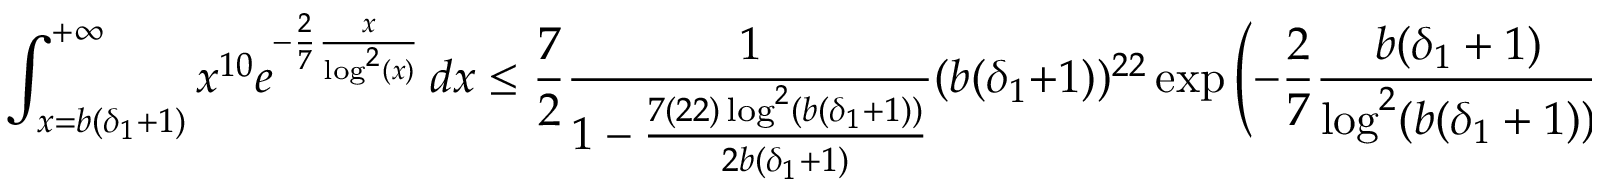
\int _ { x = b ( \delta _ { 1 } + 1 ) } ^ { + \infty } x ^ { 1 0 } e ^ { - \frac { 2 } { 7 } \frac { x } { \log ^ { 2 } ( x ) } } \, d x \leq \frac { 7 } { 2 } \frac { 1 } { 1 - \frac { 7 ( 2 2 ) \log ^ { 2 } ( b ( \delta _ { 1 } + 1 ) ) } { 2 b ( \delta _ { 1 } + 1 ) } } ( b ( \delta _ { 1 } + 1 ) ) ^ { 2 2 } \exp \left( - \frac { 2 } { 7 } \frac { b ( \delta _ { 1 } + 1 ) } { \log ^ { 2 } ( b ( \delta _ { 1 } + 1 ) ) } \right) .